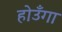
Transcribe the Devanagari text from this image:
होउँगा